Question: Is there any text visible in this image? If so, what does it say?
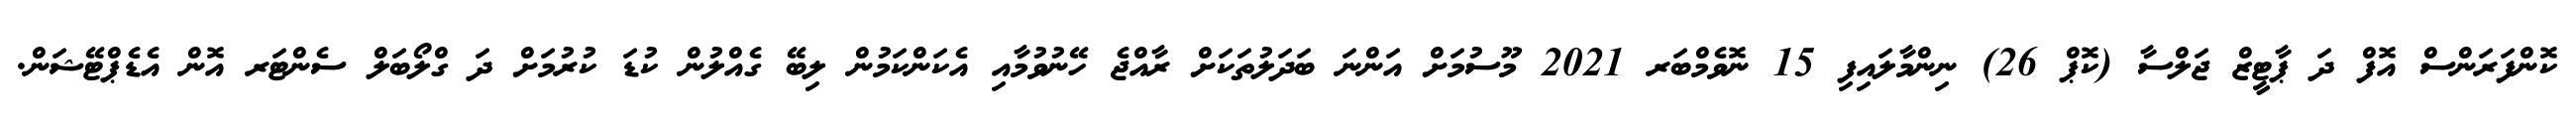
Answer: ކޮންފަރަންސް އޮފް ދަ ޕާޓީޒް ޖަލްސާ (ކޮޕް 26) ނިންމާލައިފި 15 ނޮވެމްބަރ 2021 މޫސުމަށް އަންނަ ބަދަލުތަކަށް ރާއްޖެ ހޭނުވުމާއި އެކަންކަމުން ލިބޭ ގެއްލުން ކުޑަ ކުރުމަށް ދަ ގްލޯބަލް ސެންޓަރ އޮން އެޑެޕްޓޭޝަން.